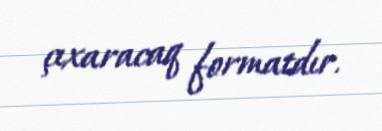
çıxaracaq formatdır.